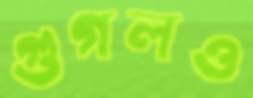
গুগলও